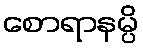
စောရာနမ္ပိ